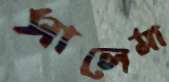
সালেমা